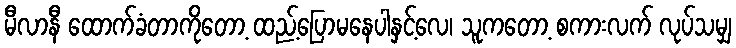
မီလာနီ ထောက်ခံတာကိုတော့ ထည့်ပြောမနေပါနှင့်လေ၊ သူကတော့ စကားလက် လုပ်သမျှ